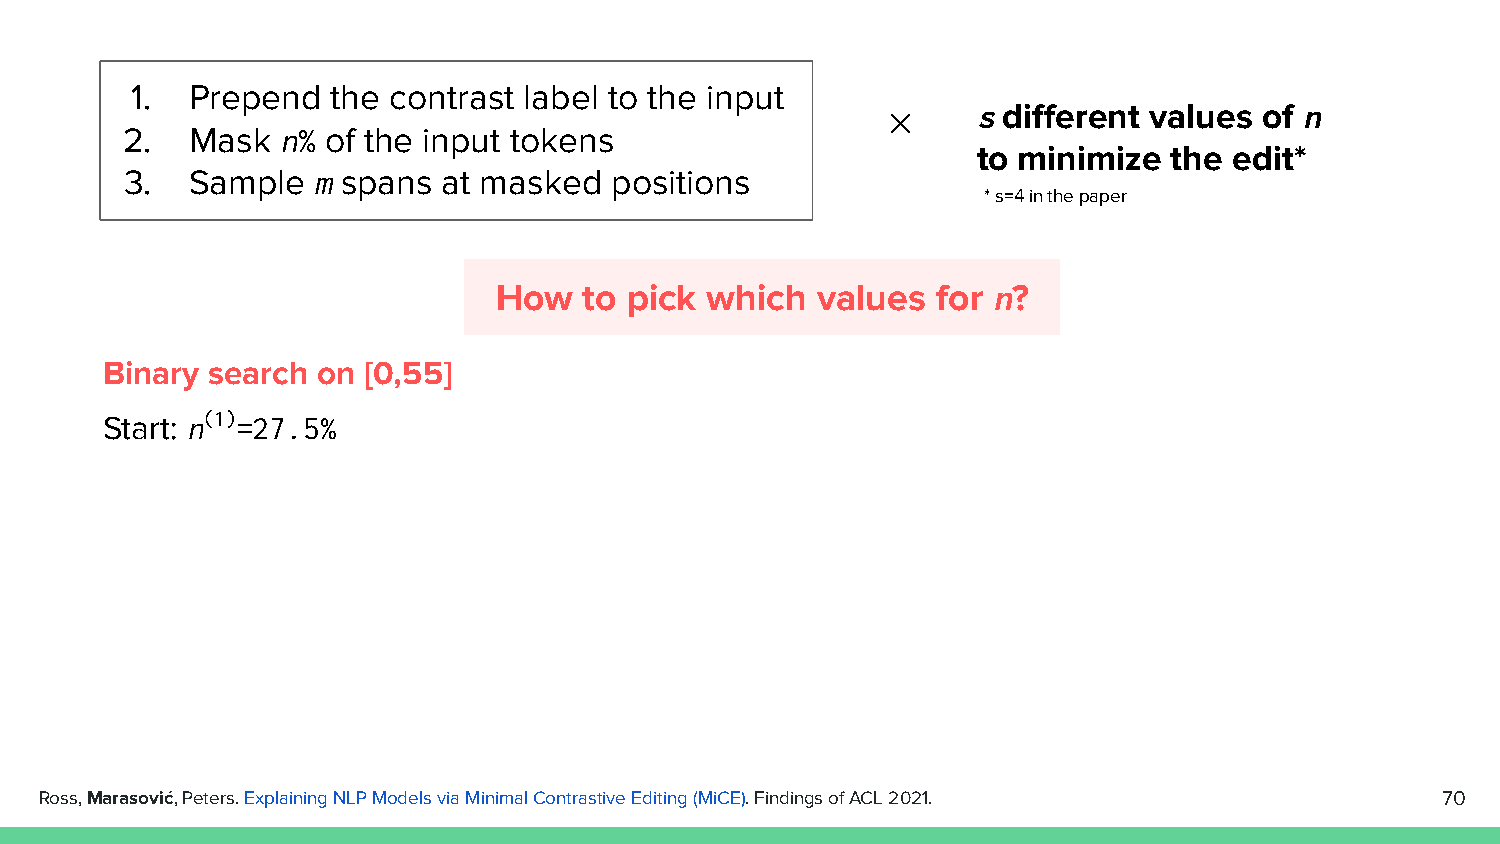
1.  Prepend  the contrast label to the input
 s different values of n
 ✕
 2.   Mask n% of the input tokens
 to minimize  the edit*
 3.   Sample  m spans at masked  positions
 * s=4 in the paper
 How   to pick which  values  for n?
 Binary search on [0,55]
 Start: n(1)=27.5%
 Ross, Marasović, Peters. Explaining NLP Models via Minimal Contrastive Editing (MiCE). Findings of ACL 2021. 70